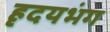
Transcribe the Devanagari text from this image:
हृदयभंग